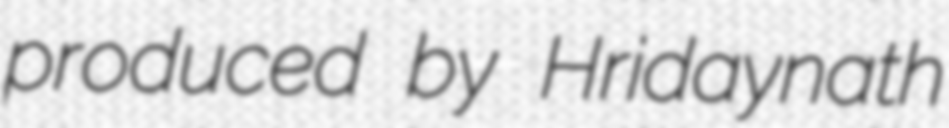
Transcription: produced by Hridaynath